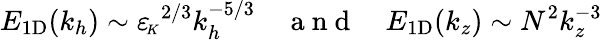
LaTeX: E_{\mathrm{1D}}(k_{h})\sim{\varepsilon_{\! \scriptscriptstyle K}}^{2/3}k_{h}^{-5/3}~~~~\mathrm{~a~n~d~}~~~~E_{\mathrm{1D}}(k_{z})\sim N^{2}k_{z}^{-3}